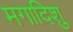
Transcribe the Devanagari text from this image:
मगादिशु